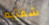
شفتيه